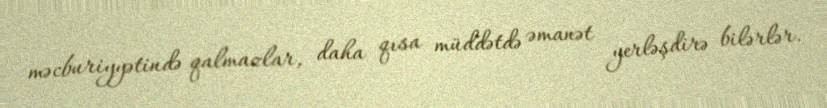
məcburiyyətində qalmazlar, daha qısa müddətdə əmanət yerləşdirə bilərlər.